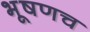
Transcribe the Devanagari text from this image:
भूषणच